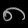
Digit: ၈